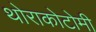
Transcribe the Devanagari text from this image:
थोराकोटोमी